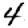
Digit: 4